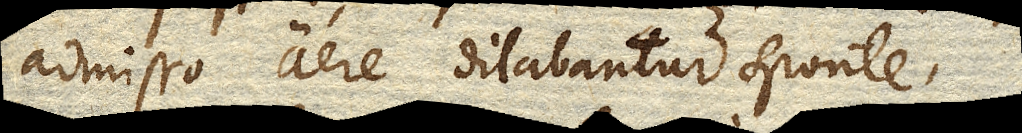
admisso aere dilabantur sponte.